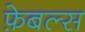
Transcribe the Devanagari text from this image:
फ़ेबल्स